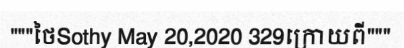
"""ថៃSothy May 20,2020 329ក្រោយពី"""